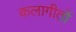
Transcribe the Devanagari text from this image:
कलागीतों